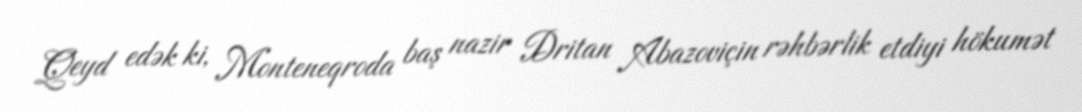
Qeyd edək ki, Monteneqroda baş nazir Dritan Abazoviçin rəhbərlik etdiyi hökumət